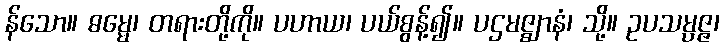
န်သော။ ဓမ္မေ၊ တရားတို့ကို။ ပဟာယ၊ ပယ်စွန့်၍။ ပဌမဇ္ဈာနံ၊ သို့။ ဥပသမ္ပဇ္ဇ၊